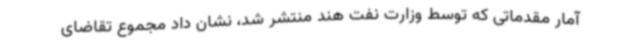
آمار مقدماتی که توسط وزارت نفت هند منتشر شد، نشان داد مجموع تقاضای